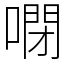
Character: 𠻻